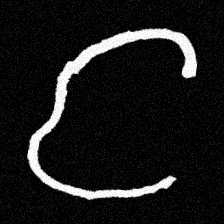
Pyu character \u2014 Myanmar letter: င (romanized: nga)